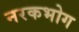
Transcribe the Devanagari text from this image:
नरकभोग